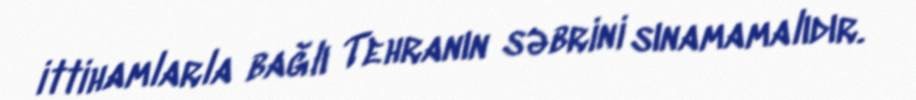
ittihamlarla bağlı Tehranın səbrini sınamamalıdır.